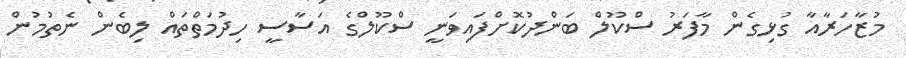
މުޒާހަރާއާ ގުޅިގެން މާފަރު ސްކޫލް ބަންދުކޮށްފައިވަނީ ސްކޫލްގެ އަސާސީ ހިދުމަތްތައް ލިބެން ނެތުމުން